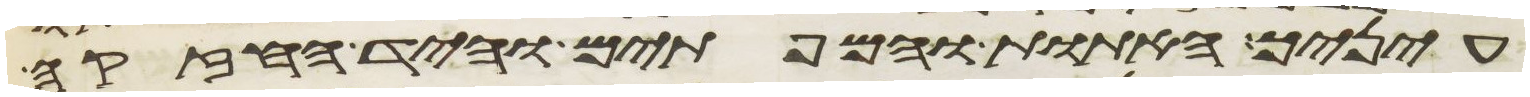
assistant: עיניך האתות והמופתים והיד החזקה